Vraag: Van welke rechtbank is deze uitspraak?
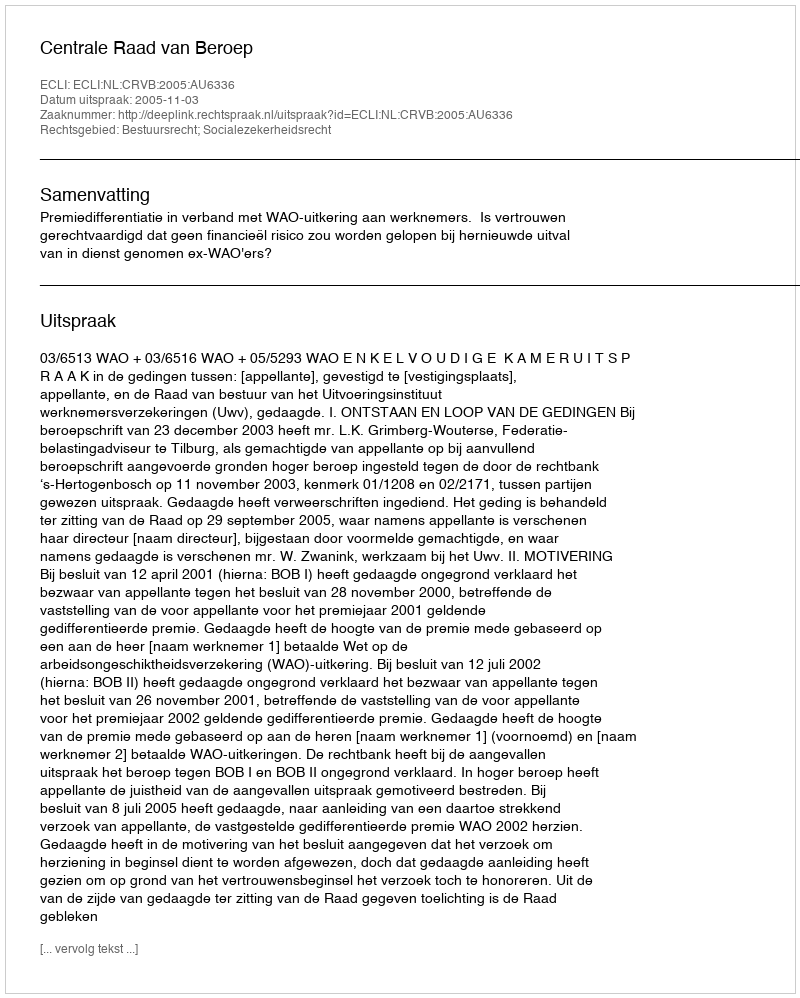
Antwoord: Centrale Raad van Beroep